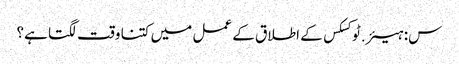
س: ہیئر.ٹوکسکس کے اطلاق کے عمل میں کتنا وقت لگتا ہے؟